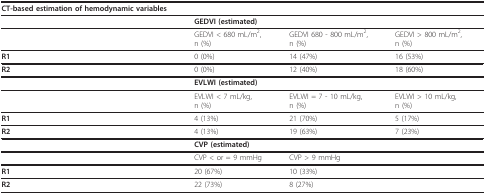
<table><thead><tr><td><b>CT-based estimation of hemodynamic variables</b></td><td></td><td></td><td></td></tr></thead><tbody><tr><td></td><td><b>GEDVI (estimated)</b></td><td></td><td></td></tr><tr><td></td><td>GEDVI &lt; 680 mL/m<sup>2</sup>,n (%)</td><td>GEDVI 680 - 800 mL/m<sup>2</sup>,n (%)</td><td>GEDVI &gt; 800 mL/m<sup>2</sup>,n (%)</td></tr><tr><td><b>R1</b></td><td>0 (0%)</td><td>14 (47%)</td><td>16 (53%)</td></tr><tr><td><b>R2</b></td><td>0 (0%)</td><td>12 (40%)</td><td>18 (60%)</td></tr><tr><td></td><td><b>EVLWI (estimated)</b></td><td></td><td></td></tr><tr><td></td><td>EVLWI &lt; 7 mL/kg,n (%)</td><td>EVLWI = 7 - 10 mL/kg,n (%)</td><td>EVLWI &gt; 10 mL/kg,n (%)</td></tr><tr><td><b>R1</b></td><td>4 (13%)</td><td>21 (70%)</td><td>5 (17%)</td></tr><tr><td><b>R2</b></td><td>4 (13%)</td><td>19 (63%)</td><td>7 (23%)</td></tr><tr><td></td><td><b>CVP (estimated)</b></td><td></td><td></td></tr><tr><td></td><td>CVP &lt; or = 9 mmHg</td><td>CVP &gt; 9 mmHg</td><td></td></tr><tr><td><b>R1</b></td><td>20 (67%)</td><td>10 (33%)</td><td></td></tr><tr><td><b>R2</b></td><td>22 (73%)</td><td>8 (27%)</td><td></td></tr></tbody></table>